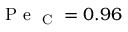
\mathrm { ~ P ~ e ~ } _ { \mathrm { ~ C ~ } } = 0 . 9 6